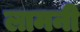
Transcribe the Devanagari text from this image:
लामनी